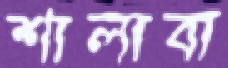
শালাবা